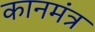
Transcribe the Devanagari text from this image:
कानमंत्र